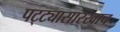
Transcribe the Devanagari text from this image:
पट्ट्यासारखाच